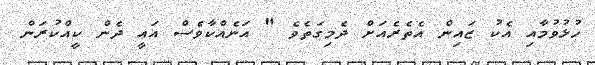
ހުޅުވުމާއި އެކު ޒައިން އެތެރެއަށް ދެމިގަތެވެ " އަނެއްކާވެސް އައީ ދެން ކީއްކުރަން